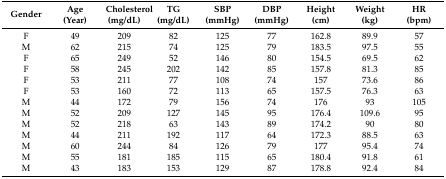
| Gender | Age (Year) | Cholesterol (mg/dL) | TG (mg/dL) | SBP (mmHg) | DBP (mmHg) | Height (cm) | Weight (kg) | HR (bpm) |
 | --- | --- | --- | --- | --- | --- | --- | --- | --- |
 | F | 49 | 209 | 82 | 125 | 77 | 162.8 | 89.9 | 57 |
 | M | 62 | 215 | 74 | 125 | 79 | 183.5 | 97.5 | 55 |
 | F | 65 | 249 | 52 | 146 | 80 | 154.5 | 69.5 | 62 |
 | F | 58 | 245 | 202 | 142 | 85 | 157.8 | 81.3 | 85 |
 | F | 53 | 211 | 77 | 108 | 74 | 157 | 73.6 | 86 |
 | F | 53 | 160 | 72 | 113 | 65 | 157.5 | 76.3 | 63 |
 | M | 44 | 172 | 79 | 156 | 74 | 176 | 93 | 105 |
 | M | 52 | 209 | 127 | 145 | 95 | 176.4 | 109.6 | 95 |
 | M | 52 | 218 | 63 | 143 | 89 | 174.2 | 90 | 80 |
 | M | 44 | 211 | 192 | 117 | 64 | 172.3 | 88.5 | 63 |
 | M | 60 | 244 | 84 | 126 | 79 | 177 | 95.4 | 74 |
 | M | 55 | 181 | 185 | 115 | 65 | 180.4 | 91.8 | 61 |
 | M | 43 | 183 | 153 | 129 | 87 | 178.8 | 92.4 | 84 |